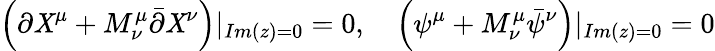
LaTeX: \left(\partial\mathit{X}^{\mu}+M_{\nu}^{\mu}\bar{{\partial}}\mathit{X}^{\nu}\right)|_{Im(z)=0}=0,\quad\left(\psi^{\mu}+M_{\nu}^{\mu}\bar{{\psi}}^{\nu}\right)|_{Im(z)=0}=0